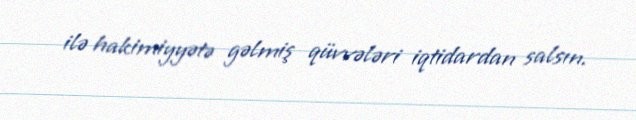
ilə hakimiyyətə gəlmiş qüvvələri iqtidardan salsın.